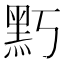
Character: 𪐚